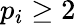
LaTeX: p_{i}\geq 2